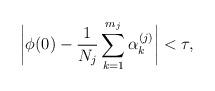
LaTeX: \begin{align*}\bigg|\phi(0)-\dfrac{1}{N_j} \sum_{k=1}^{m_j} \alpha^{(j)}_k \bigg|< \tau,\end{align*}